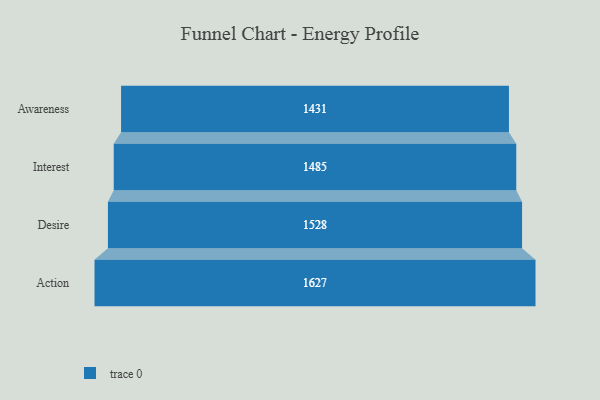
{"axis": {"x": "Stage", "y": "Value"}, "legend": [""], "data": [{"x": "Awareness", "y": 1431.0, "type": ""}, {"x": "Interest", "y": 1485.0, "type": ""}, {"x": "Desire", "y": 1528.0, "type": ""}, {"x": "Action", "y": 1627.0, "type": ""}]}